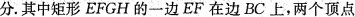
分。其中矩形EFGH的一边EF在边BC上，两个顶点